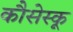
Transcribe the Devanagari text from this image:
कौसेस्कू